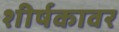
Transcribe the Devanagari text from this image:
शीर्षकावर